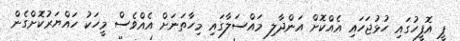
ޕީ އޮފީހުގައި ހުޅުޖަހައި އެއްކޮށް އަންދާލި މައްސަލާގައި މިހާތަނަށް އެއްވެސް މީހަކު ހައްޔަރުކޮށްގެން